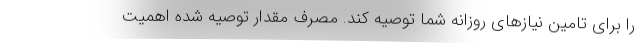
را برای تامین نیازهای روزانه شما توصیه کند. مصرف مقدار توصیه شده اهمیت